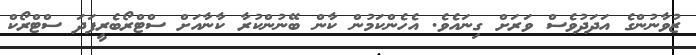
ޒުވާނުންގެ އަދަދުވެސް ވަރަށް ގިނައެވެ. އެހެންކަމުން ކާން ބޭނުންކުރާ ކާނާއަށް ސްޓްރޯބެރީފަދަ ސްޓްރޯކް